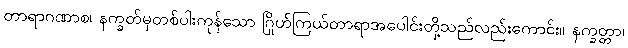
တာရာဂဏာစ၊ နက္ခတ်မှတစ်ပါးကုန်သော ဂြိုဟ်ကြယ်တာရာအပေါင်းတို့သည်လည်းကောင်း။ နက္ခတ္တာ၊